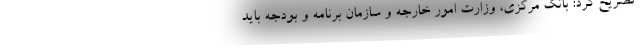
تصریح کرد: بانک مرکزی، وزارت امور خارجه و سازمان برنامه و بودجه باید